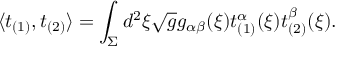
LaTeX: \langle t _ { ( 1 ) } , t _ { ( 2 ) } \rangle = \int _ { \Sigma } d ^ { 2 } \xi \sqrt { g } g _ { \alpha \beta } ( \xi ) t _ { ( 1 ) } ^ { \alpha } ( \xi ) t _ { ( 2 ) } ^ { \beta } ( \xi ) .